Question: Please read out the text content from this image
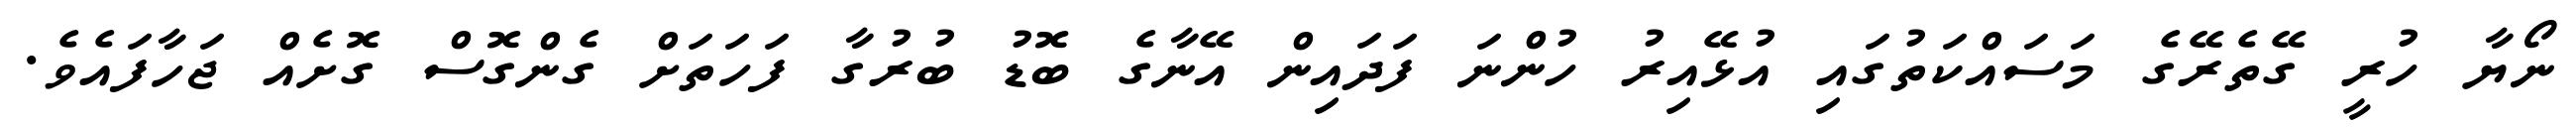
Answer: ނޯޔާ ހުރީ ގޭތެރޭގެ މަސައްކަތުގައި އުޅޭއިރު ހުންނަ ފަދައިން އޭނާގެ ބޮޑު ބުރުގާ ފަހަތަށް ގެންގޮސް ގޮށެއް ޖަހާފައެވެ.